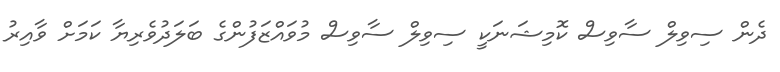
ދެން ސިވިލް ސާވިސް ކޮމިޝަނަކީ ސިވިލް ސާވިސް މުވައްޒަފުންގެ ބަލަދުވެރިޔާ ކަމަށް ވާއިރު